Jaan_Tonisson_(Lasteleht), lk 222
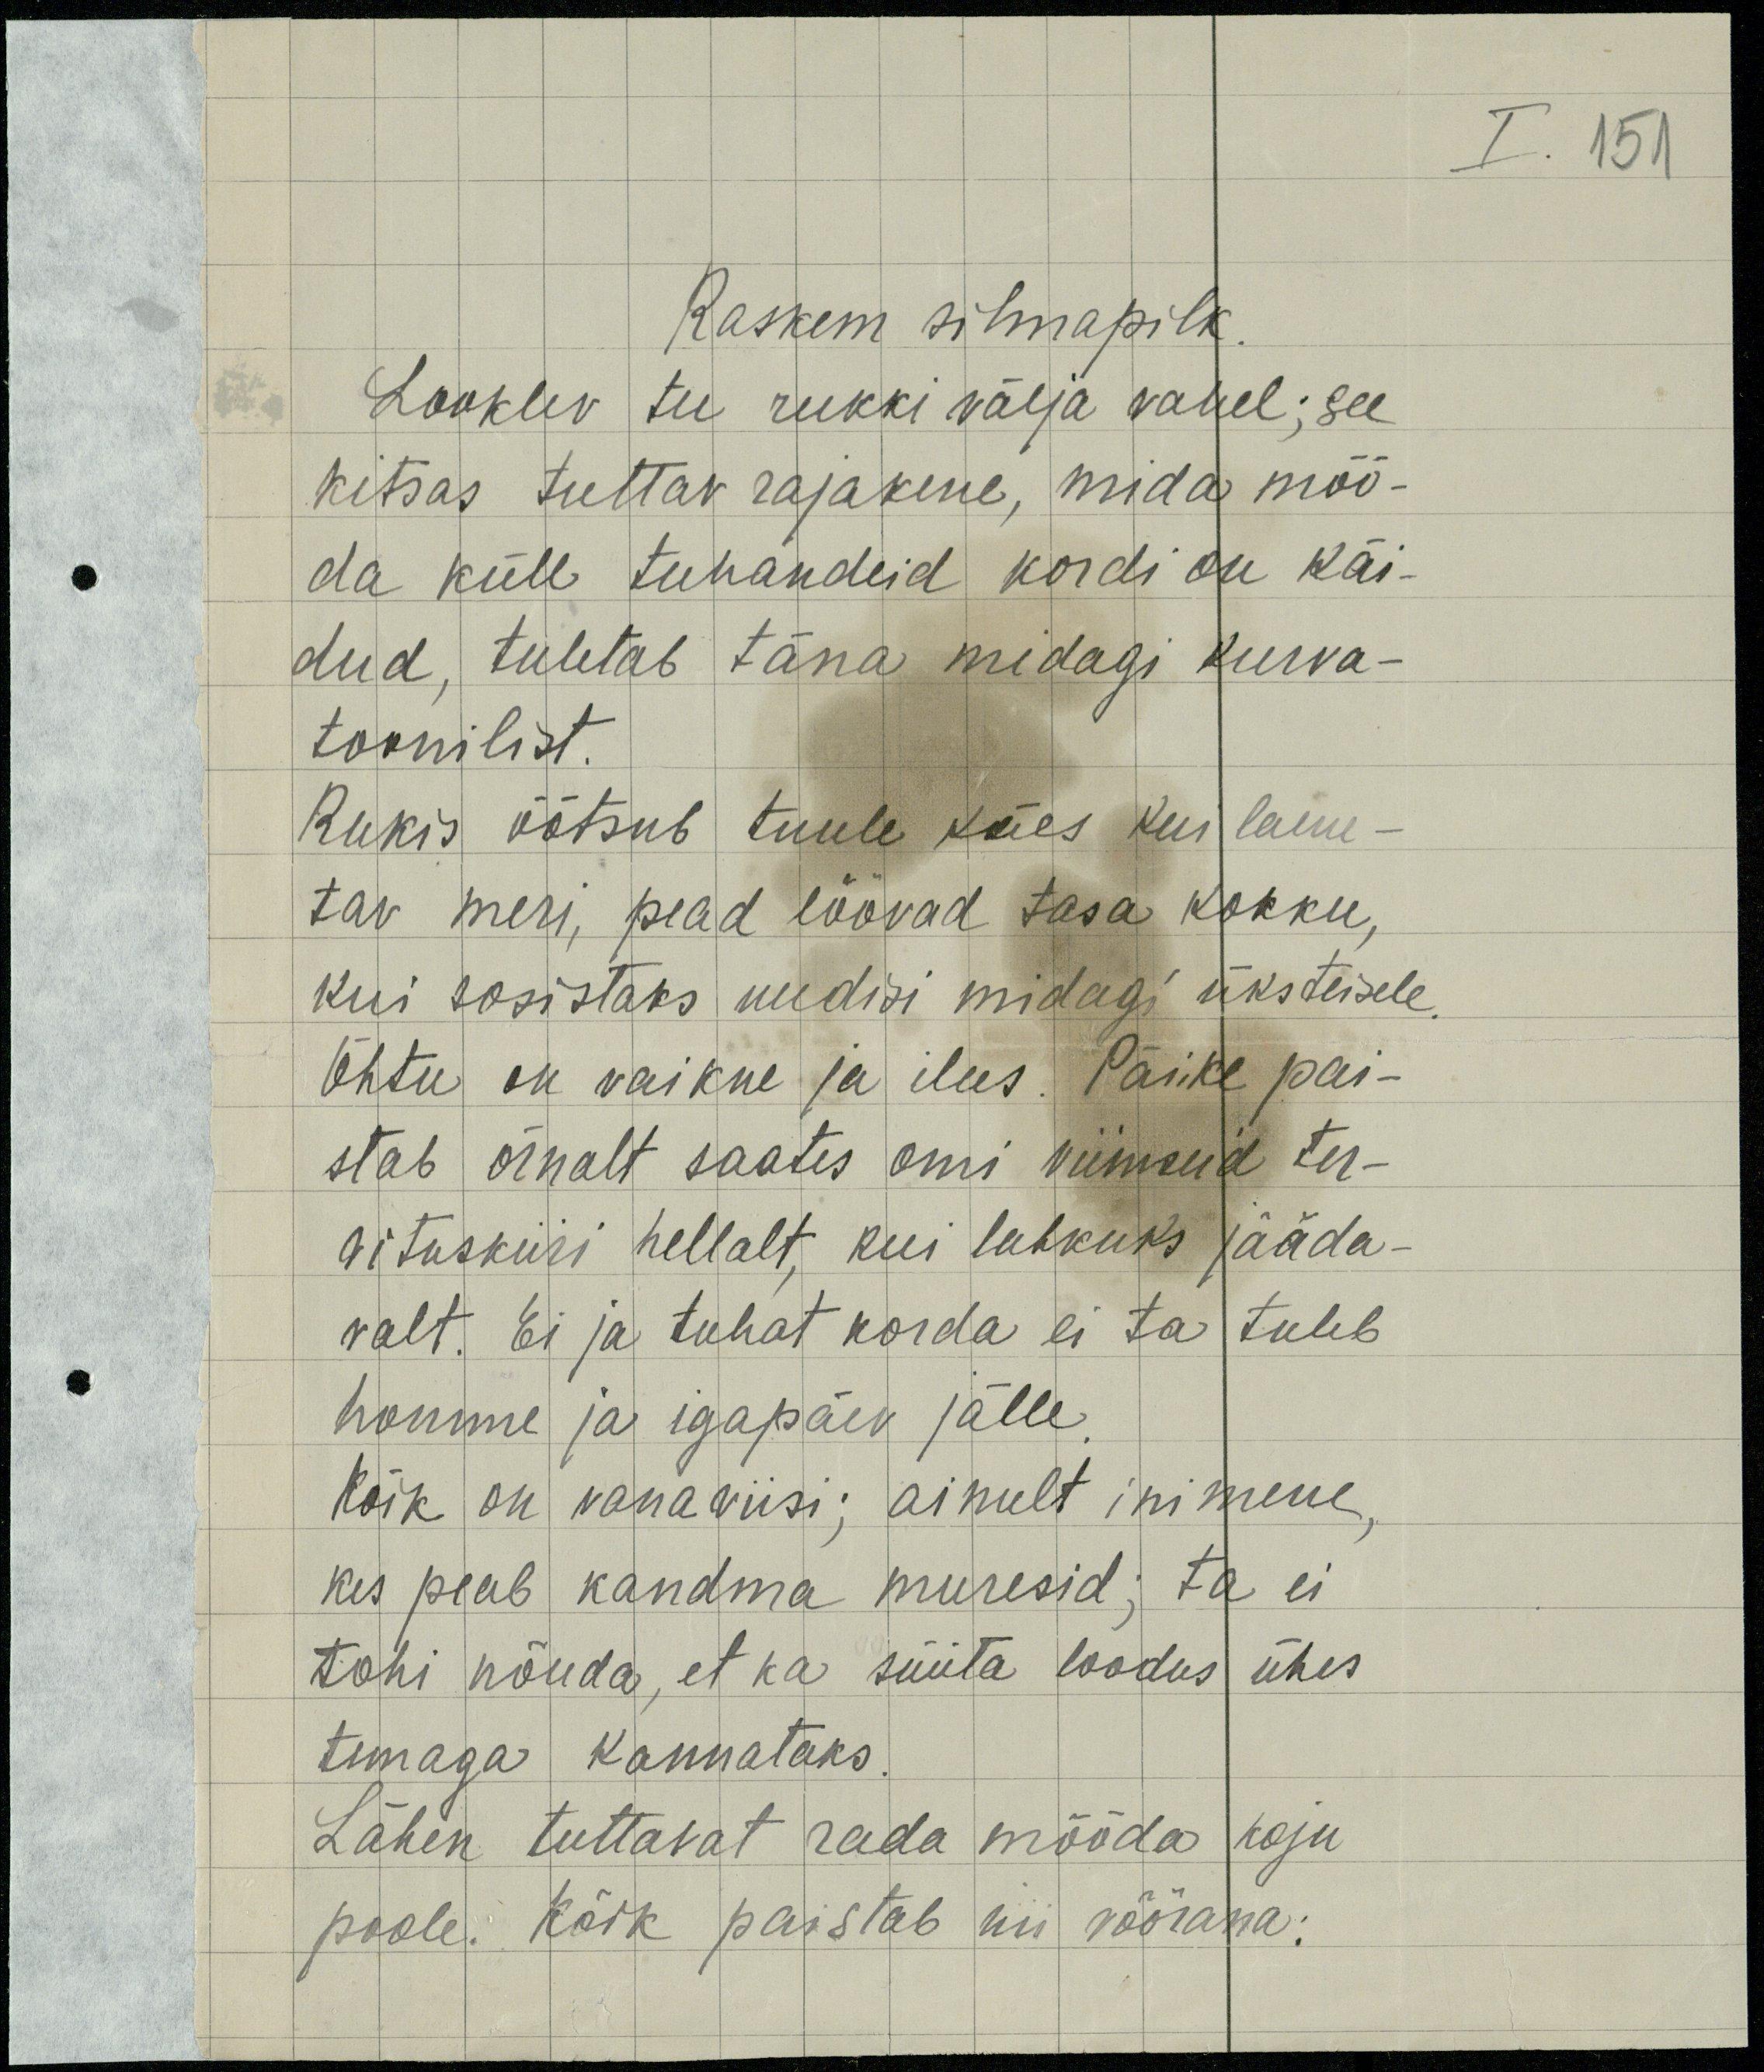
I. 150

Raskem silmapilk
Looklev tee rukki välja vahel; see
kitsas tuttav rajakene, mida möö-
da küll tuhandeid kordi on käi-
dud, tuletab täna midagi kurva-
toonilist
Rukis õõtsub tuule käes kui laine-
tav meri, pead löövad tasa kokku,
kui sosistaks uudisi midagi üksteisele
Õhtu on vaikne ja ilus. Päike pai-
stab õrnalt saates omi viimseid ter-
vituskiiri hellalt kui lahkuks jääda-
valt. Ei ja tuhat korda ei ta tuleb
homme ja igapäev jälle.
Kõik on vanaviisi; ainult inimene
kes peab kandma muresid: ta ei
tohi nõuda, et ka süüta loodus ühes
temaga kannataks.
Lähen tuttavat rada mööda koju,
poole. Kõik paistab nii võõrama;